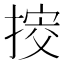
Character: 𢯴